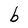
Character: b